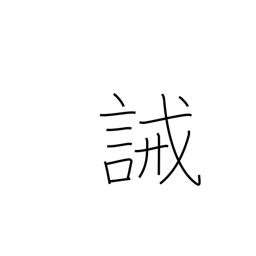
Meaning: prohibit